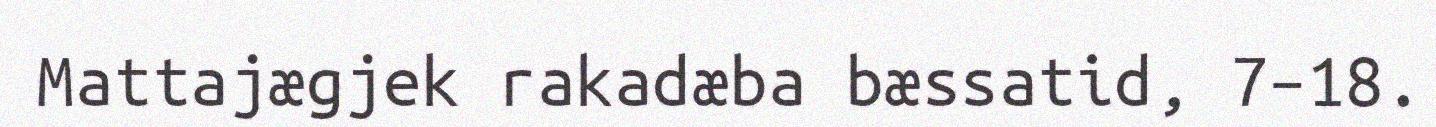
Mattajægjek rakadæba bæssatid, 7–18.